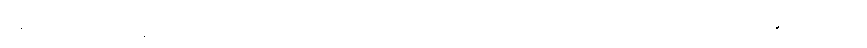
ရေထဲက ပရိုတွန်တို့ ပူးပေါင်းသွားပြီး နောက်ဆုံးမှာ ဖောမစ်အက်ဆစ် ဖြစ်လာစေတယ်လို့ ဆိုပါတယ်။